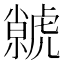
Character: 虩